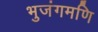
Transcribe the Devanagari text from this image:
भुजंगमणि